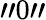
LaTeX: "0"